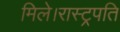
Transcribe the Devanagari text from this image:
मिले।रास्ट्रपति